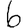
Digit: 6